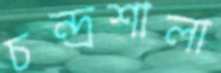
চন্দ্রশালা